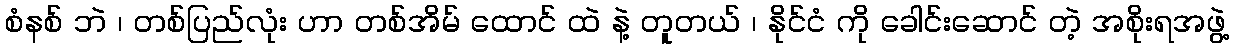
စံနစ် ဘဲ ၊ တစ်ပြည်လုံး ဟာ တစ်အိမ် ထောင် ထဲ နဲ့ တူတယ် ၊ နိုင်ငံ ကို ခေါင်းဆောင် တဲ့ အစိုးရအဖွဲ့